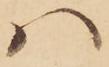
ハ